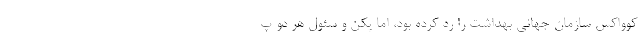
کوواکس سازمان جهانی بهداشت را رد کرده بود، اما پکن و سئول هر دو پ